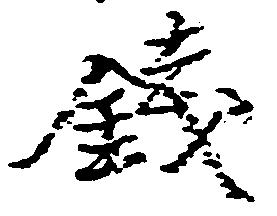
銭